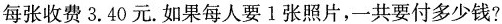
每张收费3.40元.如果每人要1张照片，一共要付多少钱？